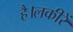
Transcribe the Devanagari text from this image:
है।लकीरें